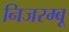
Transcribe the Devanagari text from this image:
निजरम्बू